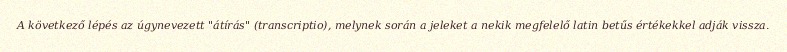
A következő lépés az úgynevezett "átírás" (transcriptio), melynek során a jeleket a nekik megfelelő latin betűs értékekkel adják vissza.